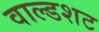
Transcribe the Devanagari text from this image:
वाल्डशट